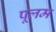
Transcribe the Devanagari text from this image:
पूलम